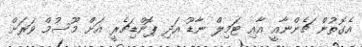
އެގޮތުން ޗެންނާއީ އާއި ޓަމިލް ނާޑޫ އަދި ޕޮންޑިޗެރީ އަށް މޫސުމް ވަރަށް